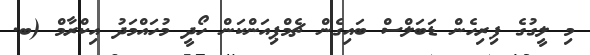
މި ލީގުގެ ފިރިހެން ޑަބަލްސް ބައިގެން ޗެމްޕިއަންކަން ހޯދީ މުހައްމަދު އިކްރާމް (ބ.